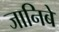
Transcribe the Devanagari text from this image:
जानिबे